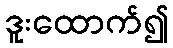
ဒူးထောက်၍